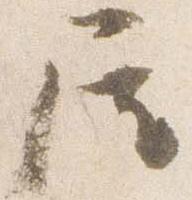
屋